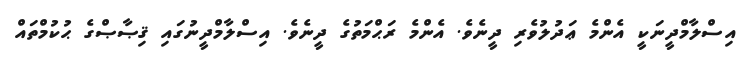
އިސްލާމްދީނަކީ އެންމެ ޢަދުލުވެރި ދީނެވެ. އެންމެ ރަޙްމަތުގެ ދީނެވެ. އިސްލާމްދީނުގައި ޤިޞާޞްގެ ޙުކުމްތައް